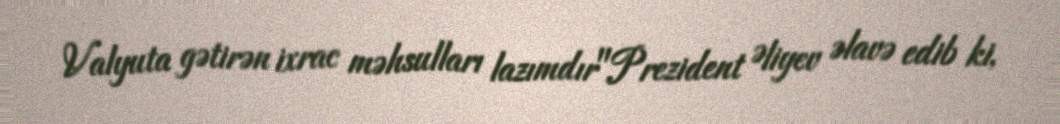
Valyuta gətirən ixrac məhsulları lazımdır"Prezident Əliyev əlavə edib ki,